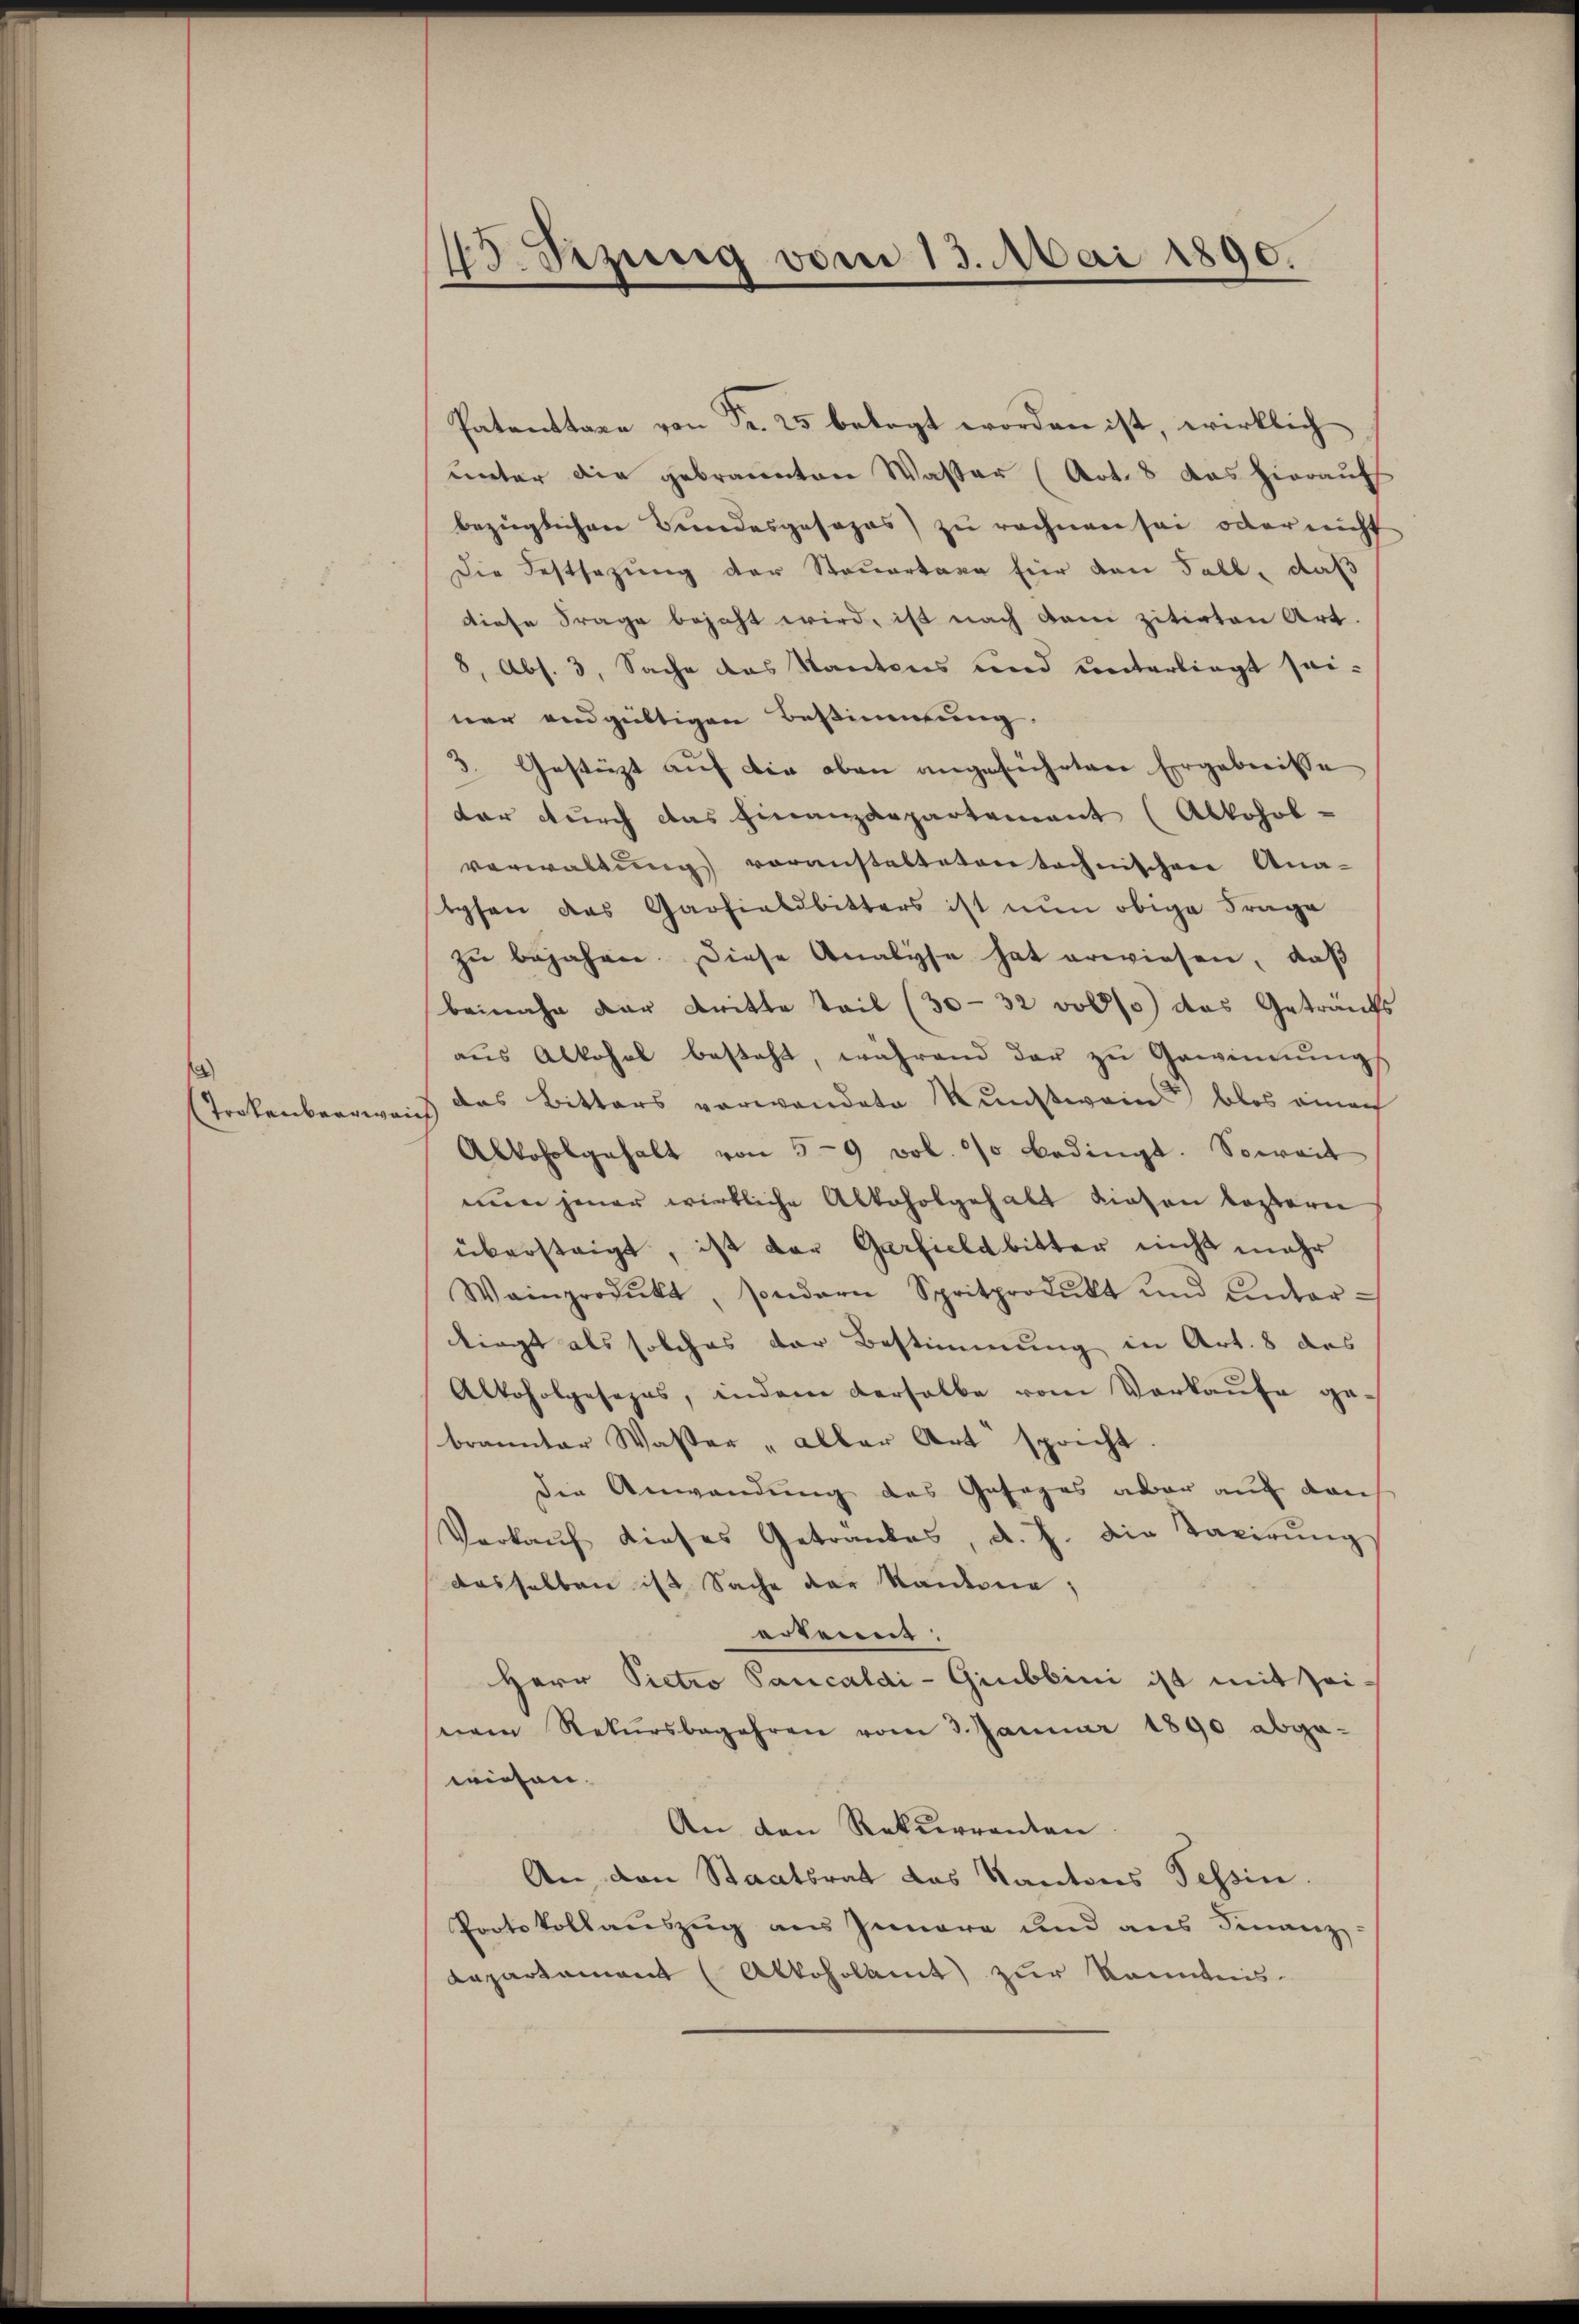
Trokenbergwei

13. Sizung vom 13. Mai 1890.

Patenttare von Fr. 25 belegt worden ist, wirklich
unter die gebrannten Wasser (Art. 8 das hierauf
bezüglichen Bundesgesezes) zu rechnen sei oder nicht
Die Festsezung der Steuertaxe für den Fall, daß
diese Frage bejaht wird, ist nach dem zitirten Art.
8, Abs. 3, Sache das Kantons und unterliegt sei-
ner endgültigen Bestimmung.
3. Gestützt auf die oben angeführtere Ergebnisse
dar durch das Finanzdepartement (Ablohol-
verwaltŭng voranstalteten technischen Ana-
tysen das Garfialdbitters ist nun obige Frage
zu bejahen. Diese Analyse hat erwiesen, daß
beinahe der dritte Teil (30-32 voll das Getränk
aŭs Alkohal besteht, während der zu Gewinnung
das Bitters vorwandete Kunstwein blos einach
s
Alkoholgehalt von 59 vol. 90 bedingt. Soweit
nun jener wirkliche Alkoholgehalt diesen lastern
übersteigt, ist der Garfiele bitter nicht mehr
Wainprodukt, sondern Spritprodukt und Unter-
liegt als solches der Bestimmung in Art. 8 des
Alkoholgesezes, indem verhalbe vom Verkaŭfe gebrannter Wasser „aller Art spricht.
die Anwendung des Gesages aber auf den
Verkaŭf dieses Getrankes, d. J. die Taxirŭng
dasselben ist Sache der Kantone;
erkennt:
Herr Pietro Pancaldi-Giubbini ist mit seinem Rekursbegehren vom 3. Januar 1890 abge-
wiesen.
An den Rekurrenten
An den Staatsrat das Kantons Tessin.
Portokollauszug aus Innere und aus Finanz-
Lapartament (Alkoholamt zur Kenntnis¬